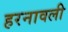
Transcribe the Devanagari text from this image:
हरनावली